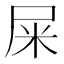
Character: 屎